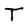
Character: T